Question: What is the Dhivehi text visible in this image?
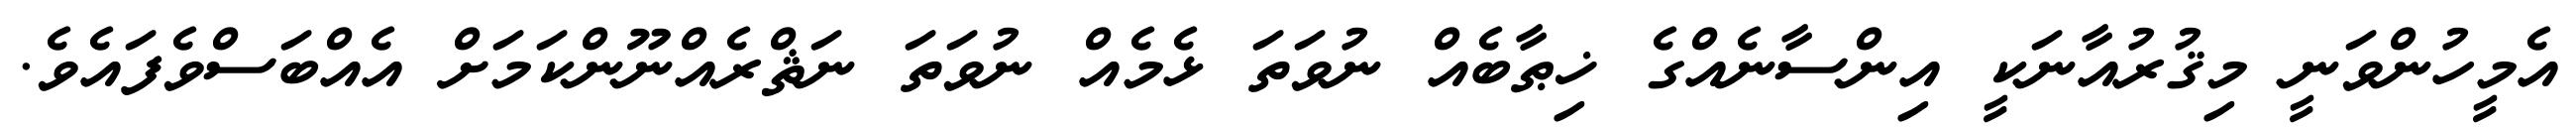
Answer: އެމީހުންވަނީ މިޤުރުއާނަކީ އިންސާނެއްގެ ޚިޠާބެއް ނުވަތަ ޅެމެއް ނުވަތަ ނަޘްރެއްނޫންކަމަށް އެއްބަސްވެފައެވެ.